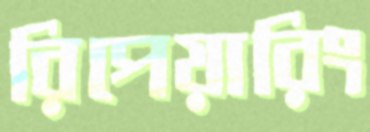
রিপেয়ারিং